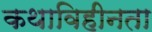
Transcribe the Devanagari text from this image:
कथाविहीनता